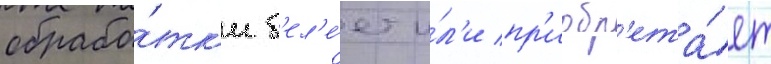
обрабо́тк'и б'ел'е́ет и́л'и пр'иобр'ета́ет